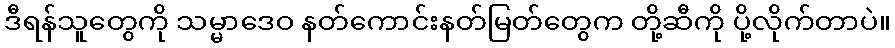
ဒီရန်သူတွေကို သမ္မာဒေဝ နတ်ကောင်းနတ်မြတ်တွေက တို့ဆီကို ပို့လိုက်တာပဲ။